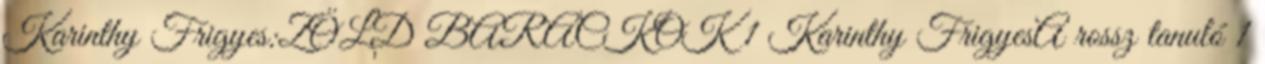
Karinthy Frigyes:ZÖLD BARACKOK 1 Karinthy FrigyesA rossz tanuló 1